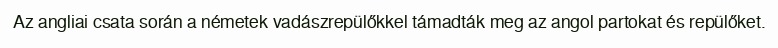
Az angliai csata során a németek vadászrepülőkkel támadták meg az angol partokat és repülőket.